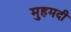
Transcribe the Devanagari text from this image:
मुहमदी